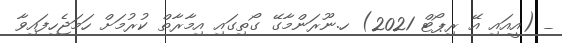
_ (އީއައި އޭ ރިޕޯޓް 2021) ހ.ނޫރަންމާގޭ ގޯތިގައި އިމާރާތް ކުރުމަށް ހަމަޖެހިފައިވާ